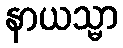
နာယသ္မာ